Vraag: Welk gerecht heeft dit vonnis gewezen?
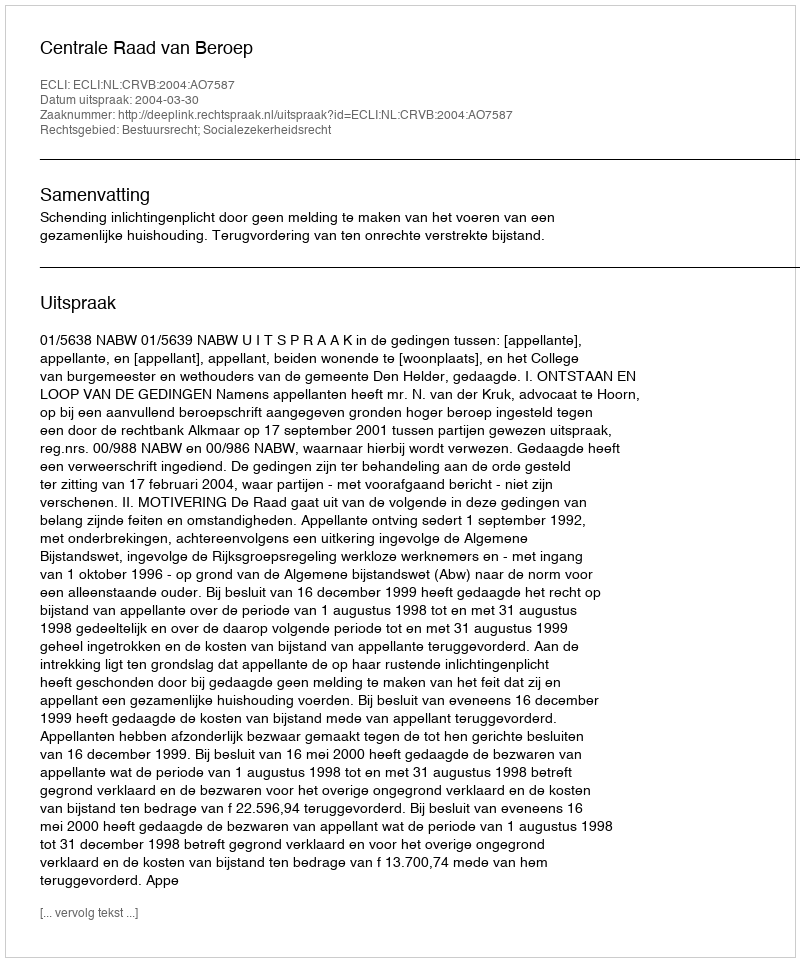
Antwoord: Centrale Raad van Beroep